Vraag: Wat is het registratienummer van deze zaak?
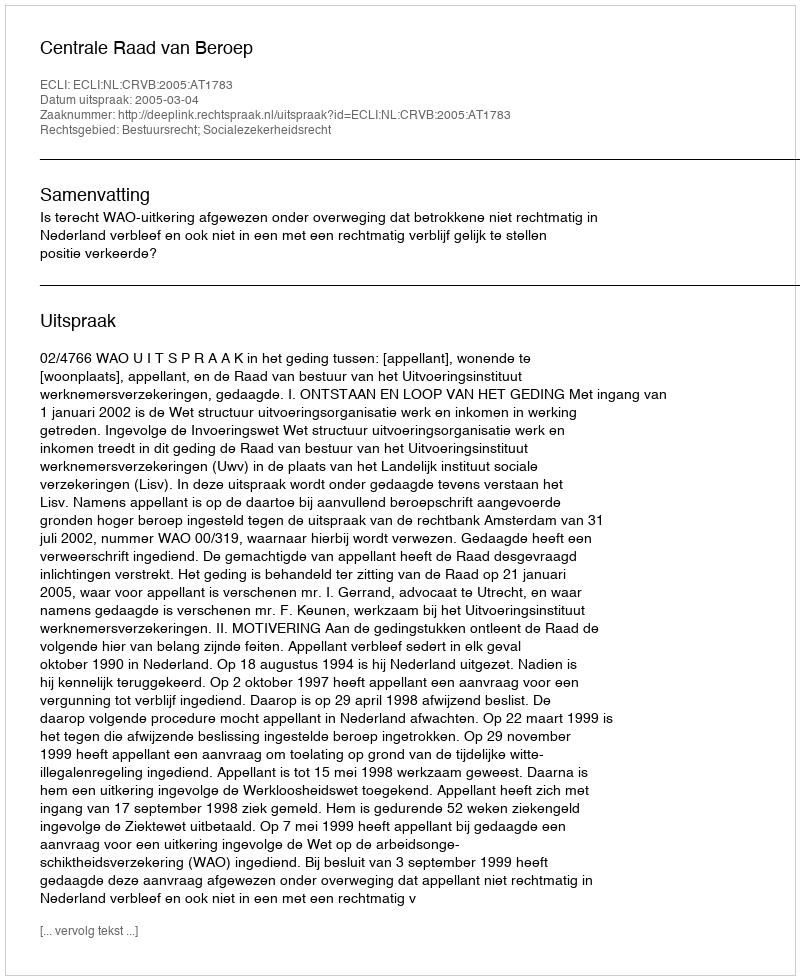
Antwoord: http://deeplink.rechtspraak.nl/uitspraak?id=ECLI:NL:CRVB:2005:AT1783